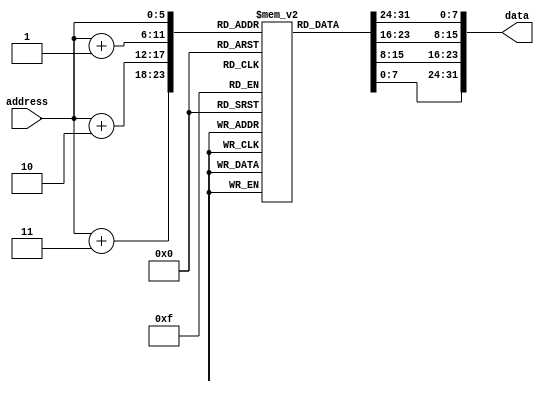

module memoria
	#(
	parameter 	DATA_WIDTH = 8,
					ADDR_WIDTH = 6,
					RAM_DEPTH = 1 << ADDR_WIDTH
	)
	(	
	input		[(ADDR_WIDTH-1):0]address     , // Address Input
	output reg	[31:0]data         //data_out
	);          

reg [DATA_WIDTH-1:0] mem [0:RAM_DEPTH-1];

	
		//mem[0] = 32'b000010_00000000000000000000000001;
	 //mem[0] = 32'b000000_00001_00000_00010_00000_100000; //tipo reg: sumar reg1 +reg0 = reg0
	 //mem[0] = 32'b000000_00001_00000_00010_00000_100010; //tipo reg: Restar regs - regt = regd
	 //mem[0] = 32'b000000_00001_00000_00010_00000_100100; //tipo reg: Restar regs & regt = regd
	 //mem[0] = 32'b000000_00001_00000_00010_00000_101010; //tipo reg: Restar regs ^ regt = regd
	//{mem[0],mem[1],mem[2],mem[3]} = 32'b000000_00001_00000_00010_00010_111000; //tipo reg: Restar regs >> regt = regd
	//	{mem[0],mem[1],mem[2],mem[3]} = 32'b100011_00001_00010_00000_00000_000001; //load regdest = mem(reg-base + offset) debe cargar la locacion de memoria 2 en el regisro 2
		//{mem[0],mem[1],mem[2],mem[3]} = 32'b101011_00001_00010_00000_00000_000010; //SW almacenar dato del reg a la mem
			//almacenar el registro 2 en la locacion de memoria resultante de la suma de 00001 y 00000_00000_000010 
		//{mem[0],mem[1],mem[2],mem[3]} = 32'b000100_00001_00010_00000_00000_000100; //BEQ salto si reg 2 == 1 a la direccion		   PC+2
		//{mem[0],mem[1],mem[2],mem[3]} = 32'b010000_00001_00010_00100_00000_000100; //addi op-code[31:26], rs[25:21], rt[20:16], Amount[15:0]
		integer i;
		initial begin 
		for(i=0; i < RAM_DEPTH; i= i+1) begin
			mem[i]=8'b0000_0000;
		end
		{mem[0],mem[1],mem[2],mem[3]} = 32'b000010_00000_00000_00000_00000_000101;
		{mem[4],mem[5],mem[6],mem[7]} = 32'b000000_00001_00000_00010_00000_101010; //tipo reg: Restar regs ^ regt = regd
		{mem[8],mem[9],mem[10],mem[11]}=32'b000000_00001_00000_00010_00010_110000;
		//instruccion para salto
		{mem[20],mem[21],mem[22],mem[23]} = 32'b000000_00001_00000_00010_00000_100000; //tipo reg: sumar reg1 +reg0 = reg0
		
	end
always @ (address)
begin
      data ={ mem[address], mem[address + 2'b01], mem[address + 2'b10], mem[address + 2'b11]};
end

endmodule